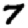
Digit: 7